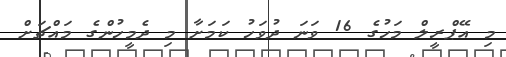
މި އޭޕްރީލް މަހުގެ 16 ވަނަ ދުވަހު ކަމަށާ މި ދެމީހުންގެ މައްޗަށް